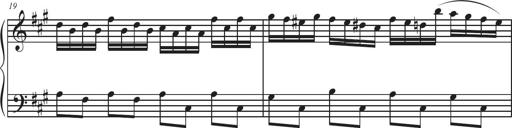
Title: Sonatina Espania
Composer: Jerald Franklin Archer
Key: Various